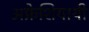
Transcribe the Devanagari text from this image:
अफ्रेशियायी